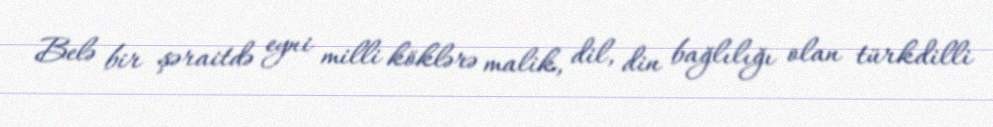
Belə bir şəraitdə eyni milli köklərə malik, dil, din bağlılığı olan türkdilli